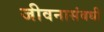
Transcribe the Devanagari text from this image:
जीवनासंबधी